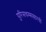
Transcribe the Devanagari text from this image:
पुरिसधम्मसारथी